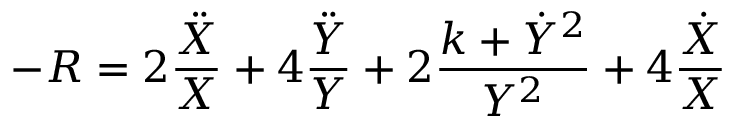
- R = 2 \frac { \ddot { X } } X + 4 \frac { \ddot { Y } } Y + 2 \frac { k + \dot { Y } ^ { 2 } } { Y ^ { 2 } } + 4 \frac { \dot { X } } X